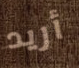
أريد